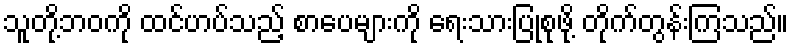
သူတို့ဘဝကို ထင်ဟပ်သည့် စာပေများကို ရေးသားပြုစုဖို့ တိုက်တွန်းကြသည်။